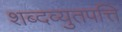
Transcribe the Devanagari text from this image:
शब्दव्युतपत्ति